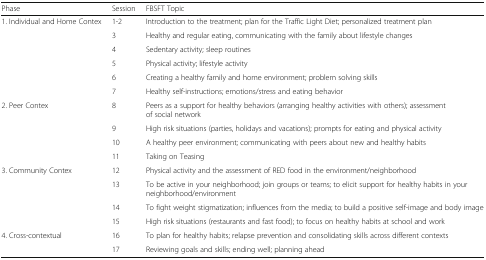
<table><thead><tr><td><b>Phase</b></td><td><b>Session</b></td><td><b>FBSFT Topic</b></td></tr></thead><tbody><tr><td rowspan="6">1. Individual and Home Contex</td><td>1-2</td><td>Introduction to the treatment; plan for the Traffic Light Diet; personalized treatment plan</td></tr><tr><td>3</td><td>Healthy and regular eating, communicating with the family about lifestyle changes</td></tr><tr><td>4</td><td>Sedentary activity; sleep routines</td></tr><tr><td>5</td><td>Physical activity; lifestyle activity</td></tr><tr><td>6</td><td>Creating a healthy family and home environment; problem solving skills</td></tr><tr><td>7</td><td>Healthy self-instructions; emotions/stress and eating behavior</td></tr><tr><td rowspan="4">2. Peer Contex</td><td>8</td><td>Peers as a support for healthy behaviors (arranging healthy activities with others); assessment of social network</td></tr><tr><td>9</td><td>High risk situations (parties, holidays and vacations); prompts for eating and physical activity</td></tr><tr><td>10</td><td>A healthy peer environment; communicating with peers about new and healthy habits</td></tr><tr><td>11</td><td>Taking on Teasing</td></tr><tr><td rowspan="4">3. Community Contex</td><td>12</td><td>Physical activity and the assessment of RED food in the environment/neighborhood</td></tr><tr><td>13</td><td>To be active in your neighborhood; join groups or teams; to elicit support for healthy habits in your neighborhood/environment</td></tr><tr><td>14</td><td>To fight weight stigmatization; influences from the media; to build a positive self-image and body image</td></tr><tr><td>15</td><td>High risk situations (restaurants and fast food); to focus on healthy habits at school and work</td></tr><tr><td rowspan="2">4. Cross-contextual</td><td>16</td><td>To plan for healthy habits; relapse prevention and consolidating skills across different contexts</td></tr><tr><td>17</td><td>Reviewing goals and skills; ending well; planning ahead</td></tr></tbody></table>